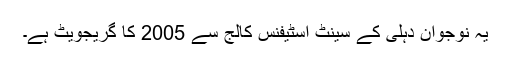
یہ نوجوان دہلی کے سینٹ اسٹیفنس کالج سے 2005 کا گریجویٹ ہے۔